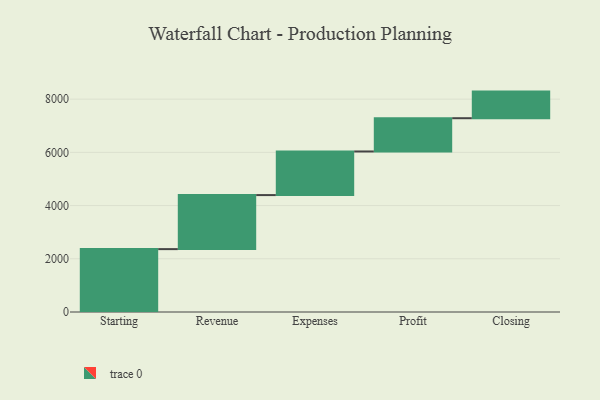
{"axis": {"x": "Step", "y": "Value"}, "legend": [""], "data": [{"x": "Starting", "y": 2363.0, "type": ""}, {"x": "Revenue", "y": 2031.0, "type": ""}, {"x": "Expenses", "y": 1639.0, "type": ""}, {"x": "Profit", "y": 1250.0, "type": ""}, {"x": "Closing", "y": 1000, "type": ""}]}